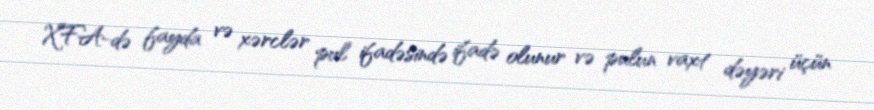
XFA-də fayda və xərclər pul ifadəsində ifadə olunur və pulun vaxt dəyəri üçün